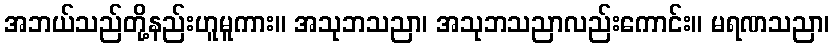
အဘယ်သည်တို့နည်းဟူမူကား။ အသုဘသညာ၊ အသုဘသညာလည်းကောင်း။ မရဏသညာ၊